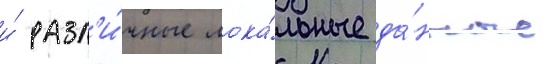
и́ разл'и́чные лока́льные да́нные